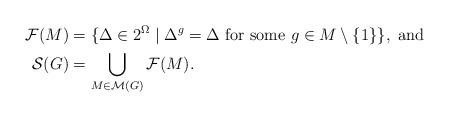
LaTeX: \begin{align*}\mathcal{F}(M)&=\{\Delta\in 2^\Omega\mid \Delta^g=\Delta \textrm{ for some }g\in M\setminus\{1\}\}, \textrm{ and}\\\mathcal{S}(G)&=\bigcup_{M\in\mathcal{M}(G)}\mathcal{F}(M).\end{align*}